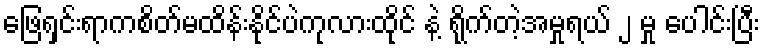
ဖြေရှင်းရာကစိတ်မထိန်းနိုင်ပဲကုလားထိုင် နဲ့ ရိုက်တဲ့အမှုရယ် ၂ မှု ပေါင်းပြီး